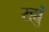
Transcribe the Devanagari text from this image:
रह्युं